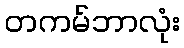
တကမ်ဘာလုံး